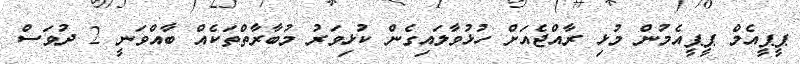
ޕީޕީއެމް ޕީޕީއެމުން މުޅި ރާއްޖެއަށް ހުޅުވާލައިގެން ކުޅިވަރު މުބާރާތްތަކެއް ބާއްވަނީ 2 ދުވަސް